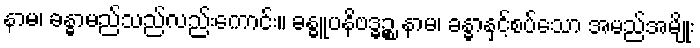
နာမ၊ ခန္ဓာမည်သည်လည်းကောင်း။ ခန္ဓူပနိဗဒ္ဓဉ္စ နာမ၊ ခန္ဓာနှင့်စပ်သော အမည်အမျိုး